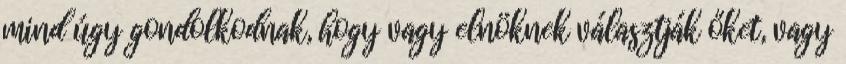
mind úgy gondolkodnak, hogy vagy elnöknek választják őket, vagy